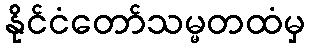
နိုင်ငံတော်သမ္မတထံမှ